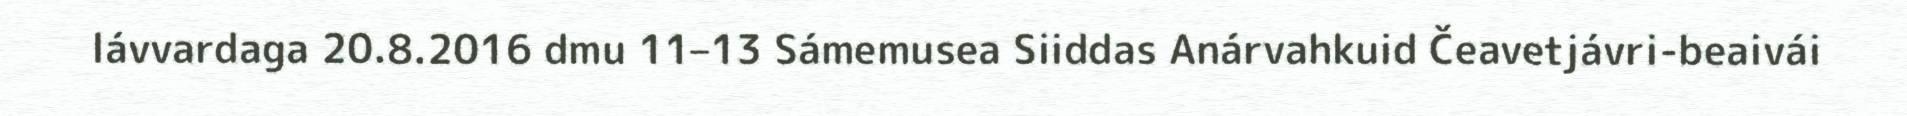
lávvardaga 20.8.2016 dmu 11–13 Sámemusea Siiddas Anárvahkuid Čeavetjávri-beaivái